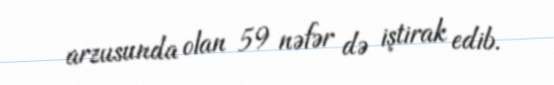
arzusunda olan 59 nəfər də iştirak edib.